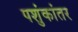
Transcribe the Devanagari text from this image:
पशुंकांतर